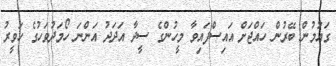
ގައުމުން ބޭރުން ހައްޖަށް އައިސްފައިވާ މީހުންގެ ސީދާ އަދަދު އަންނަ ހޯމަދުވަހުގެ ހަވީރު